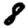
Digit: 8